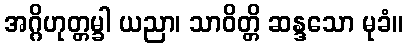
အဂ္ဂိဟုတ္တမ္ခါ ယညာ၊ သာဝိတ္တိ ဆန္ဒသော မုခံ။